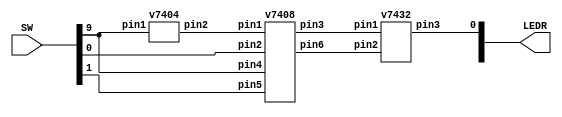
`timescale 1ns / 1ns // `timescale time_unit/time_precision


/* top-level entity for 2 to 1 multiplexer */
module mux2to1 (input [9:0] SW, output [9:0] LEDR);

					// check schematic for placement of wires
					wire W1, W2, W3;
					
					/*
					 * SW[0] is x, input bit #1
					 * SW[1] is y, input bit #2
					 * SW[9] is s, the select pin 
					 * and LEDR[0] is the output 
					 */
					 
					v7404 C1 (.pin1(SW[9]), .pin2(W1)); // NOT
					
					v7408 C2 (.pin1(W1), .pin2(SW[0]), .pin3(W2), .pin4(SW[9]),  
								.pin5(SW[1]), .pin6(W3)); // AND
								
					v7432 C3 (.pin1(W2), .pin2(W3), .pin3(LEDR[0])); // OR

endmodule // mux2to1


/* Quad 2-input AND chip */
module v7408 (input pin1, pin2, pin4, pin5, pin9, pin10, pin12, pin13, 
				output pin3, pin6, pin8, pin11);
				
				assign pin3 = pin1 & pin2;
				assign pin6 = pin4 & pin5;
				assign pin8 = pin9 & pin10;
				assign pin11 = pin12 & pin13;
				
endmodule // v7408


/* Quad 2-input OR chip */
module v7432 (input pin1, pin2, pin4, pin5, pin9, pin10, pin12, pin13, 
				output pin3, pin6, pin8, pin11);

				assign pin3 = pin1 | pin2;
				assign pin6 = pin4 | pin5;
				assign pin8 = pin9 | pin10;
				assign pin11 = pin12 | pin13;
				
endmodule // v7432


/* Hex 2-input NOT chip */
module v7404 (input pin1, pin3, pin5, pin9, pin11, pin13, 
				output pin2, pin4, pin6, pin8, pin10, pin12);

				assign pin2 = !pin1;
				assign pin4 = !pin3;
				assign pin6 = !pin5;
				assign pin8 = !pin9;
				assign pin10 = !pin11;
				assign pin12 = !pin13;
				
endmodule // v7404